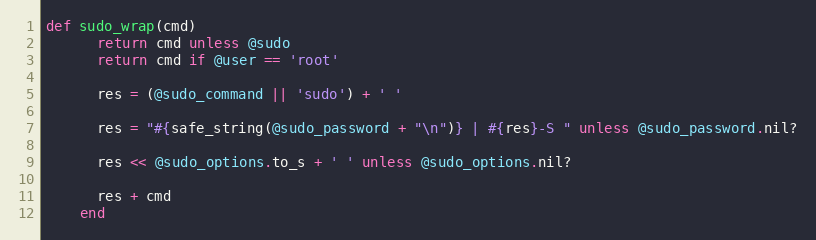
Language: Ruby
def sudo_wrap(cmd)
      return cmd unless @sudo
      return cmd if @user == 'root'

      res = (@sudo_command || 'sudo') + ' '

      res = "#{safe_string(@sudo_password + "\n")} | #{res}-S " unless @sudo_password.nil?

      res << @sudo_options.to_s + ' ' unless @sudo_options.nil?

      res + cmd
    end